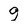
Character: 9